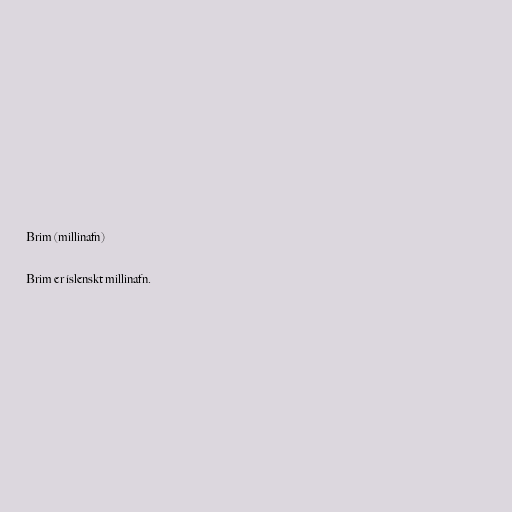
Brim (millinafn)

Brim er íslenskt millinafn.